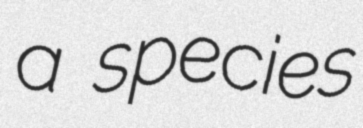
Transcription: a species